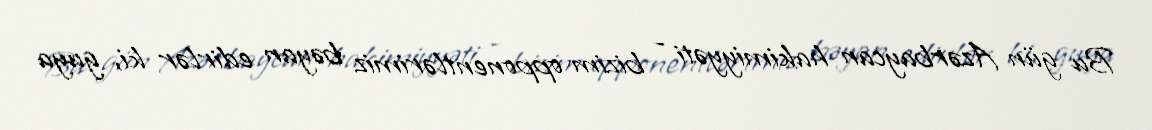
Bu gün Azərbaycan hakimiyyəti - bizim opponentlərimiz bəyan edirlər ki, guya